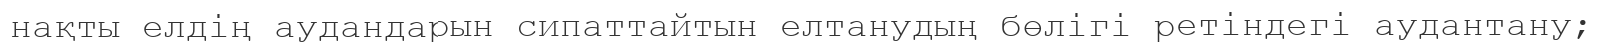
нақты елдің аудандарын сипаттайтын елтанудың бөлігі ретіндегі аудантану;